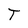
Character: T